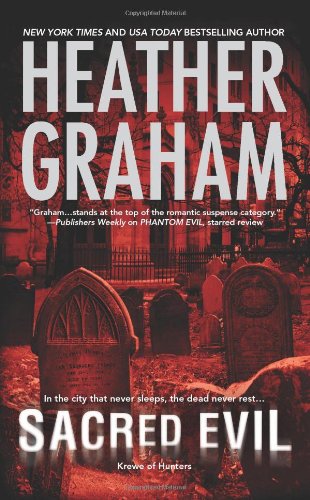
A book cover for Sacred Evil (Krewe of Hunters, Book 3); Heather Graham; Mystery, Thriller & Suspense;